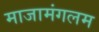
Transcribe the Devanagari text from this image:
माजामंगलम